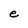
Character: e